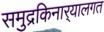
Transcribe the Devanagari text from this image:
समुद्रकिनार्‍यालगत